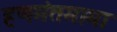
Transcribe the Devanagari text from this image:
हणमंतमामा